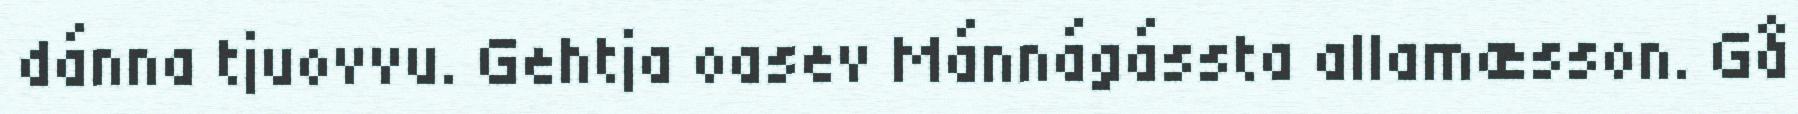
dánna tjuovvu. Gehtja oasev Mánnágássta allamæsson. Gå